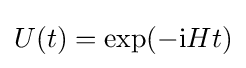
U(t)=\exp(-\mathrm {i} Ht)